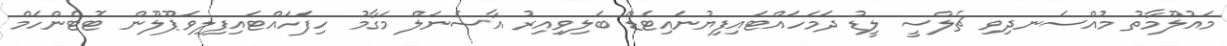
މައުލޫމާތު މުއްސަނދިވި ޗެލްސީ ލީޑު ދަމަހައްޓައިފިޔުނައިޓެޑް ބަލިވިއިރު އާސެނަލް މަގާމު ހިފަހައްޓައިފިލިވަޕޫލޫން ޓޮޓެންހަމް